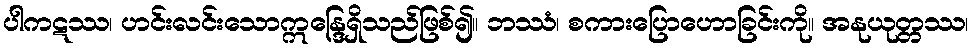
ပါကဋဿ၊ ဟင်းလင်းသောဣန္ဒြေရှိသည်ဖြစ်၍။ ဘဿံ၊ စကားပြောဟောခြင်းကို။ အနုယုတ္တဿ၊